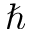
\hbar